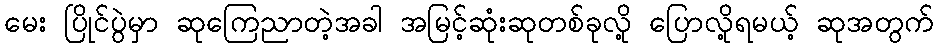
မေး ပြိုင်ပွဲမှာ ဆုကြေညာတဲ့အခါ အမြင့်ဆုံးဆုတစ်ခုလို့ ပြောလို့ရမယ့် ဆုအတွက်